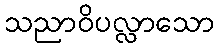
သညာဝိပလ္လာသော